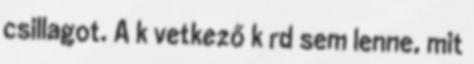
csillagot. A k vetkező k rd sem lenne, mit